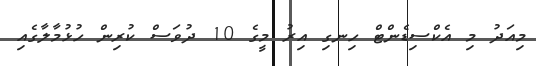
މިއަދު މި އެކްސިޑެންޓް ހިނގި އިރު މީގެ 10 ދުވަސް ކުރިން ހުޅުމާލާގެއި